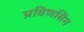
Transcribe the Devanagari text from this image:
प्रविणसिंग